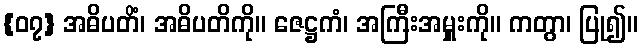
{၀၇} အဓိပတိံ၊ အဓိပတိကို။ ဇေဋ္ဌကံ၊ အကြီးအမှူးကို။ ကတွာ၊ ပြု၍။